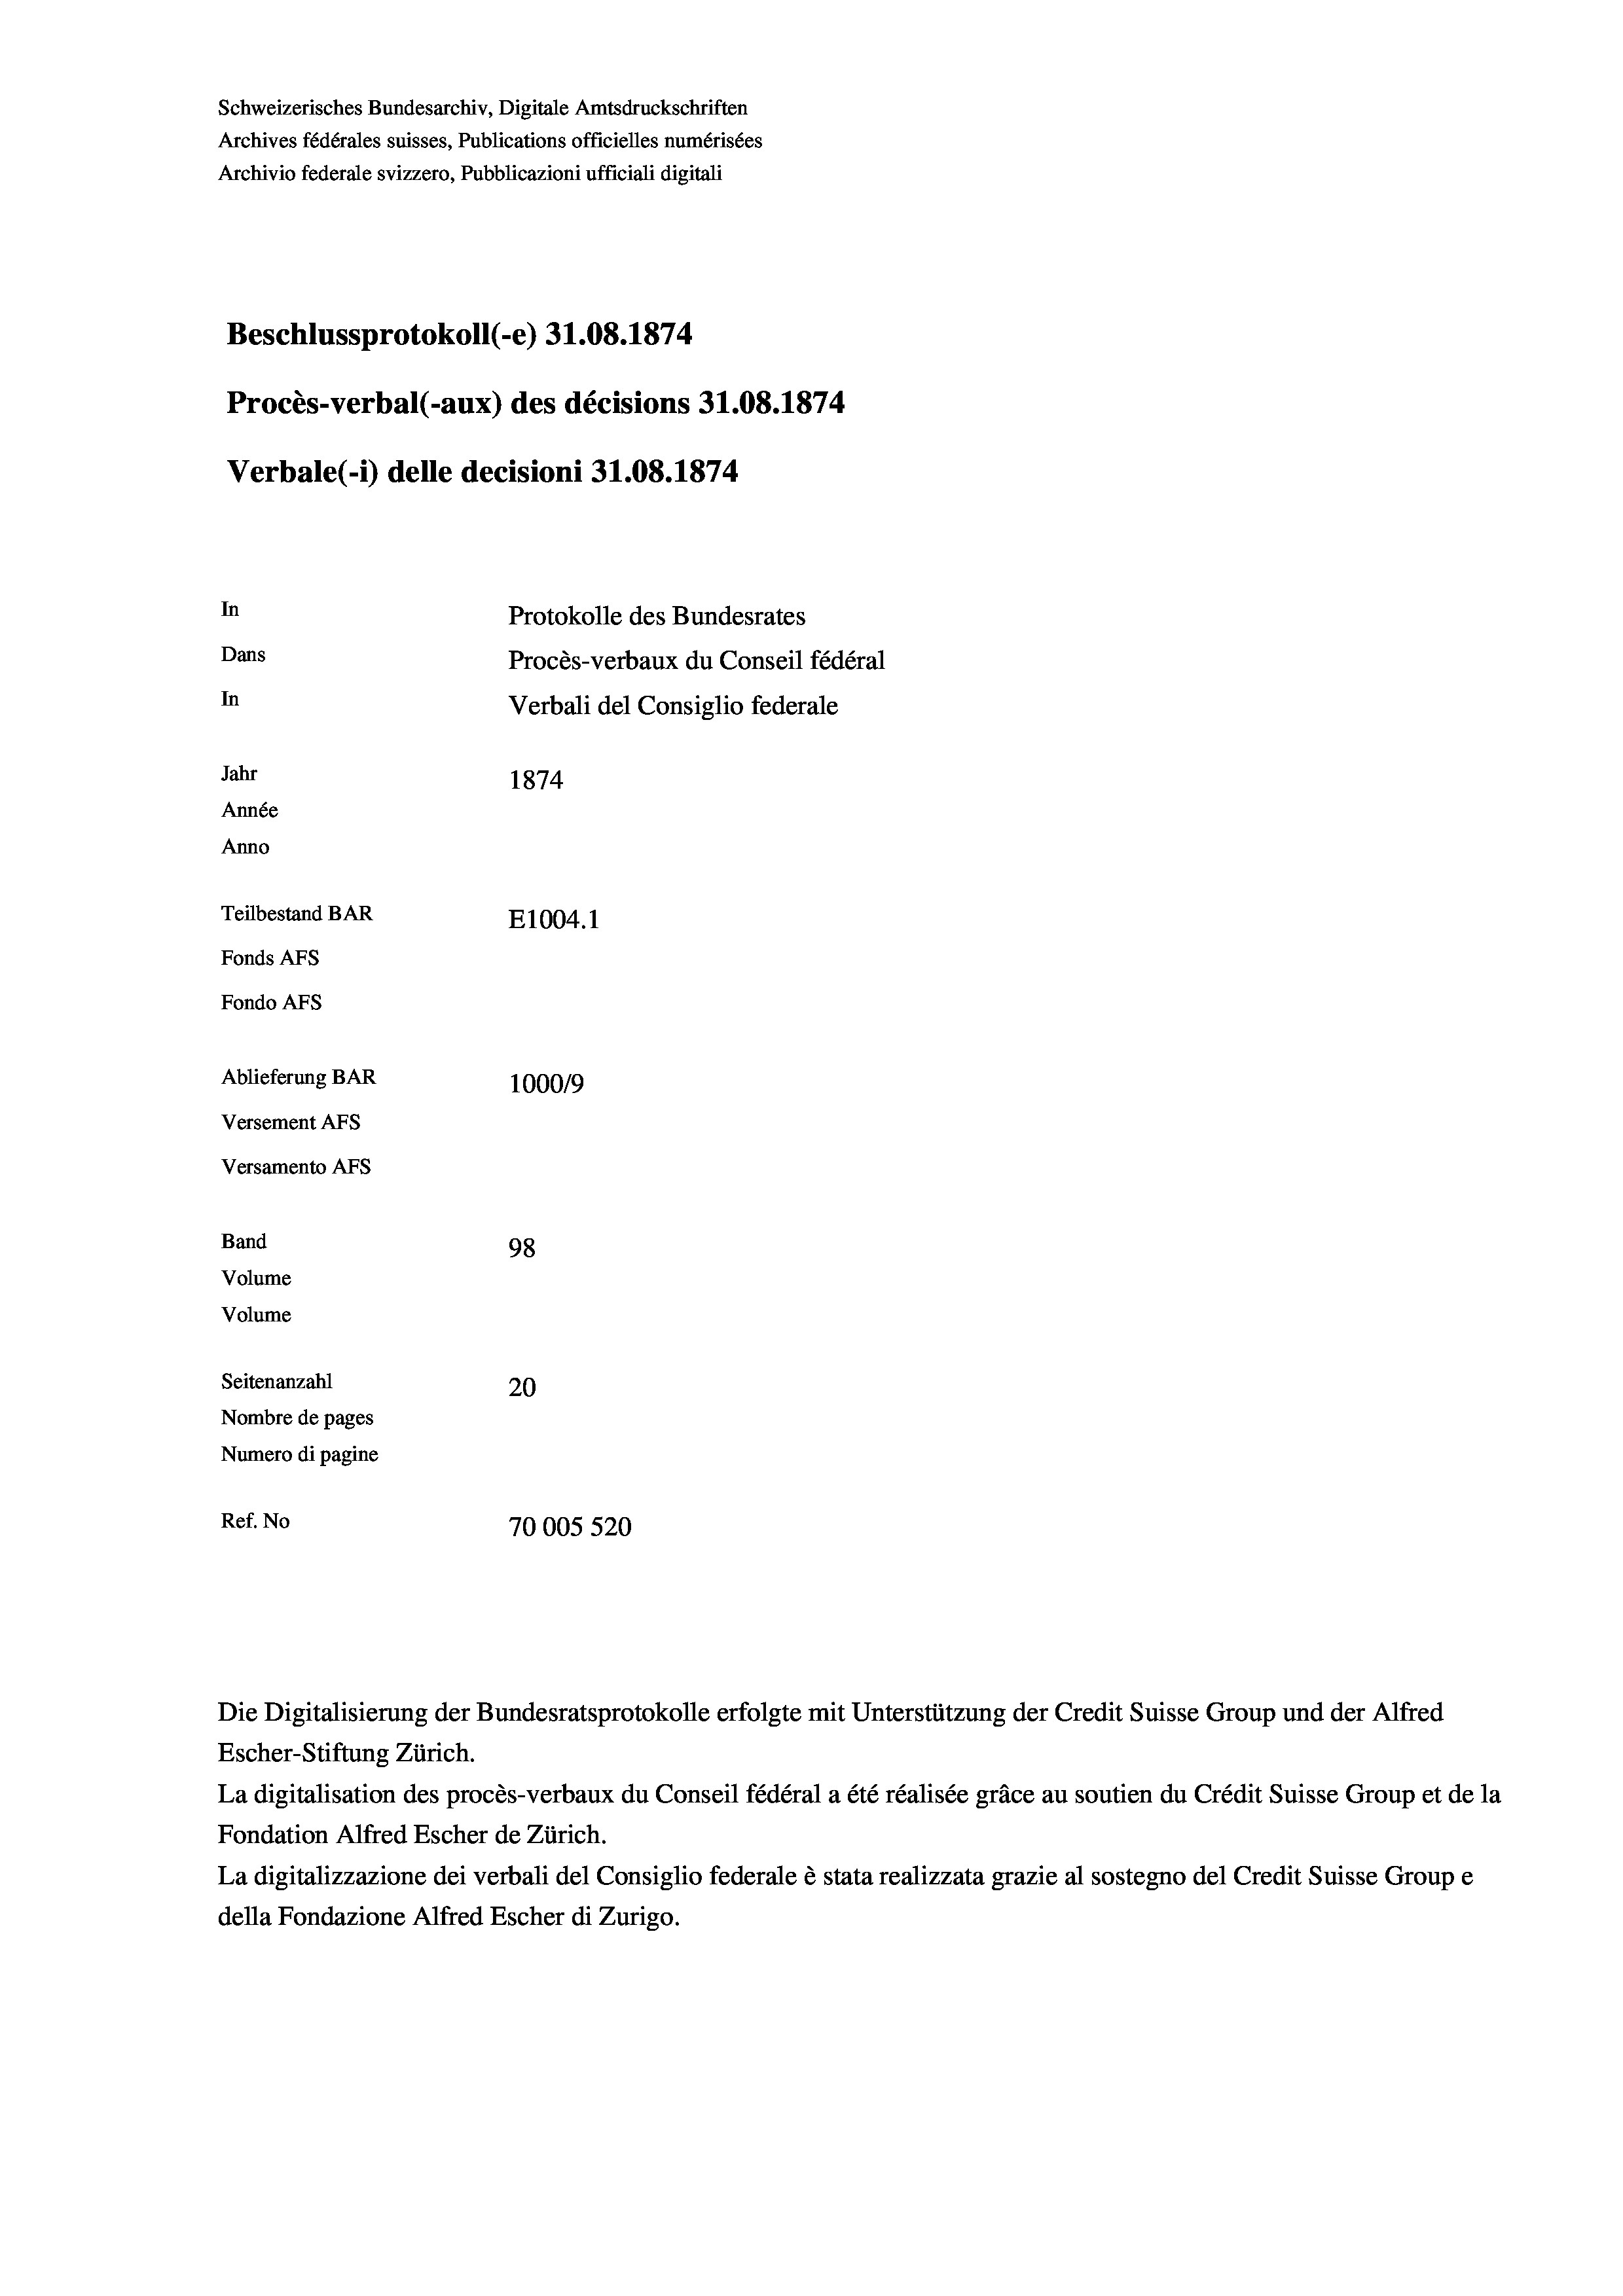
Schweizerisches Bundesarchiv, Digitale Amtsdruckschriften
Archives fédérales suisses, Publications officielles numérisées
Archivio federale svizzero, Pubblicazioni ufficiali digitali
Beschlussprotokoll (-e) 31.08. 1874
Procès-verbal (-aux) des décisions 31.08. 1874
Verbale (- 1) delle decisioni 31.08. 1874.
In
Protokolle des Bundesrates
Dans
Procès-verbaux du Conseil fédéral
In
Verbali del Consiglio federale
Jahr
1874
Année
Anno
Teilbestand BAR
E1004. 1
Fonds AFs
Fondo AFs
Ablieferung BAR
100019
Versement Abs
Versamento Afs
Band
98
Volume
Volume
Seitenanzahl
20
Nombre de pages
Numero di pagine
Ref. No
70005 520

Die Digitalisierung der Bundesratsprotokolle erfolgte mit Unterstützung der Credit Suisse Group und der Alfred

Escher-Stiftung Zürich.
La digitalisation des procès-verbaux du Conseil fédéral a été réalisée gräce au soutien du Crédit Suisse Group et de la
Fondation Alfred Escher de Zürich.
La digitalizzazione dei verbali del Consiglio federale è stata realizzata grazie al sostegno del Credit Suisse Groupe
della Fondazione Alfred Escher di Zurigo.